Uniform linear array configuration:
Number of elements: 16
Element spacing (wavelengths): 0.5
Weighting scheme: binomial
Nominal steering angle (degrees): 60
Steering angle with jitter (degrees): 61.104
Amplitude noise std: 0.05
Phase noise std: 0.05

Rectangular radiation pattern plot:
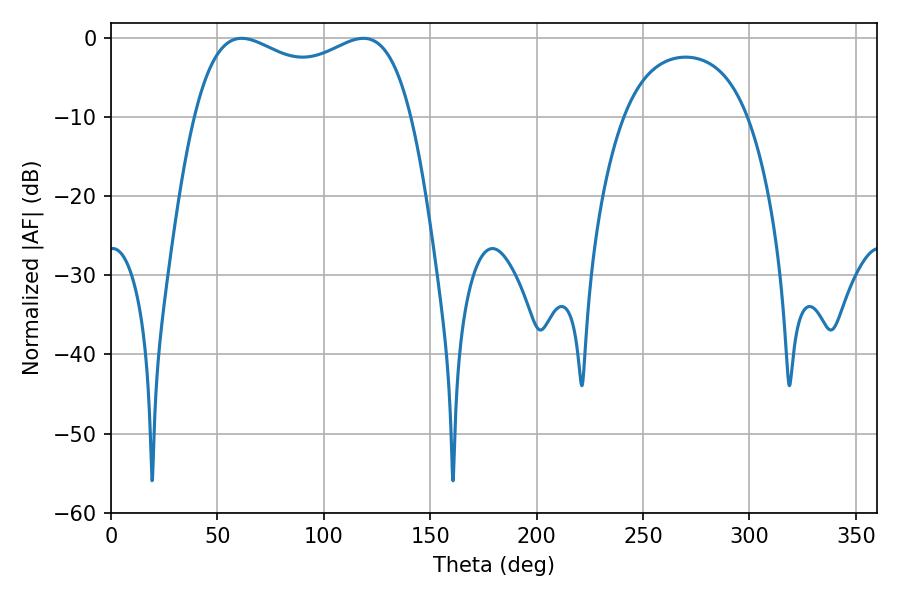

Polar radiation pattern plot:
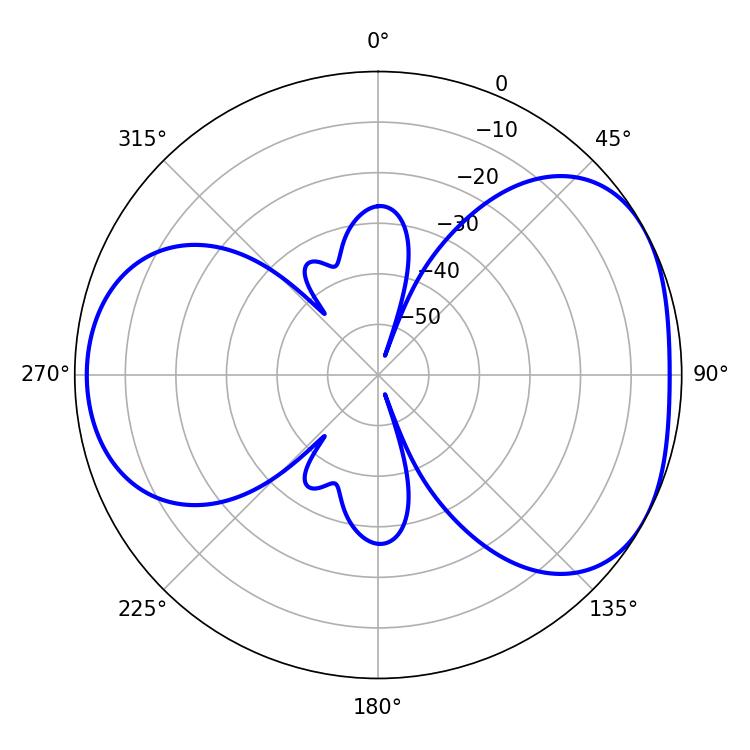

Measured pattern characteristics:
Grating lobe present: FALSE
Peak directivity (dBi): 4.477
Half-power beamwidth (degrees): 84.24
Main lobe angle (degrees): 61.38